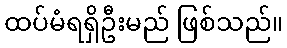
ထပ်မံရရှိဦးမည် ဖြစ်သည်။